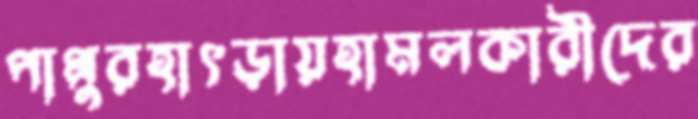
পাপ্পুরহাৎড়ায়হামলকারীদের